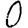
Digit: 0